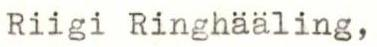
Riigi Ringhääling,